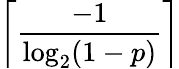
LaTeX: \left\lceil{\frac{-1}{\log_{2}(1-p)}}\right\rceil